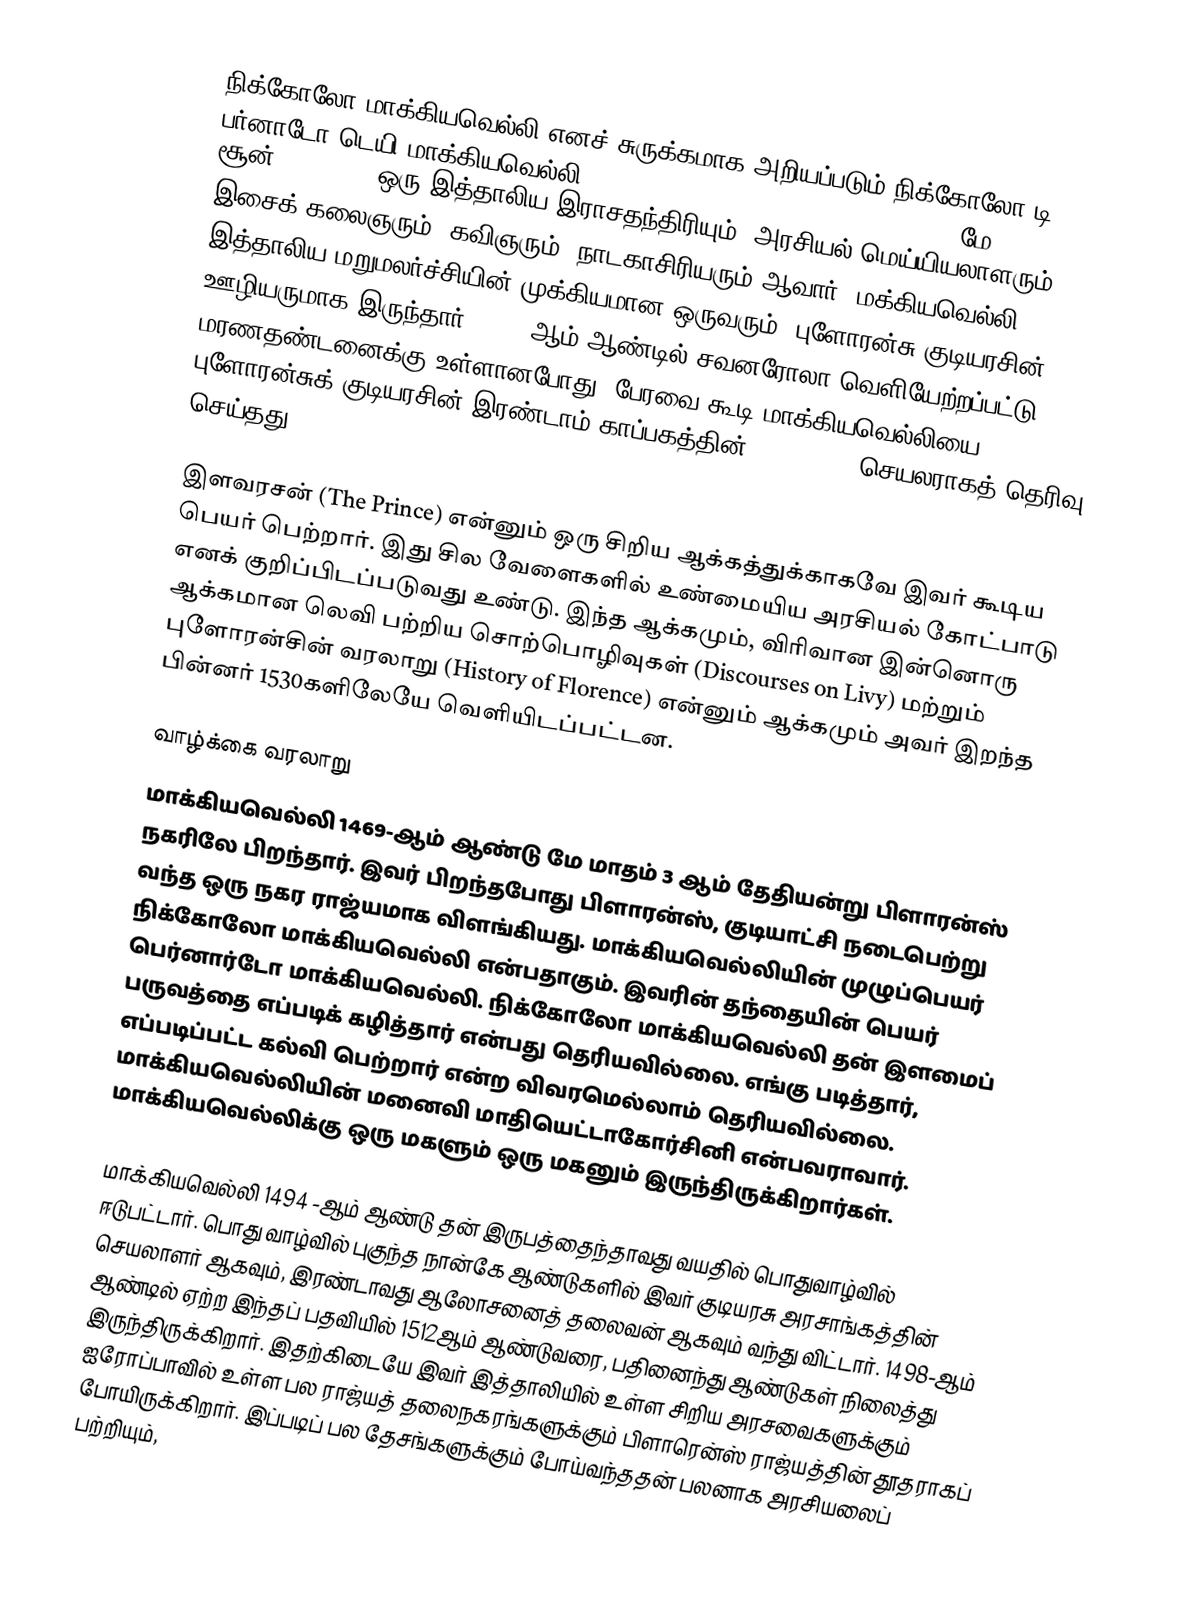
நிக்கோலோ மாக்கியவெல்லி எனச் சுருக்கமாக அறியப்படும் நிக்கோலோ டி பர்னாடோ டெயி மாக்கியவெல்லி (Niccolò di Bernardo dei Machiavelli - மே 3, 1469 – சூன் 21, 1527) ஒரு இத்தாலிய இராசதந்திரியும், அரசியல் மெய்யியலாளரும், இசைக் கலைஞரும், கவிஞரும், நாடகாசிரியரும் ஆவார். மக்கியவெல்லி இத்தாலிய மறுமலர்ச்சியின் முக்கியமான ஒருவரும், புளோரன்சு குடியரசின் ஊழியருமாக இருந்தார். 1498 ஆம் ஆண்டில் சவனரோலா வெளியேற்றப்பட்டு மரணதண்டனைக்கு உள்ளானபோது, பேரவை கூடி மாக்கியவெல்லியை புளோரன்சுக் குடியரசின் இரண்டாம் காப்பகத்தின் (Chancery) செயலராகத் தெரிவு செய்தது.

இளவரசன் (The Prince) என்னும் ஒரு சிறிய ஆக்கத்துக்காகவே இவர் கூடிய பெயர் பெற்றார். இது சில வேளைகளில் உண்மையிய அரசியல் கோட்பாடு எனக் குறிப்பிடப்படுவது உண்டு. இந்த ஆக்கமும், விரிவான இன்னொரு ஆக்கமான லெவி பற்றிய சொற்பொழிவுகள் (Discourses on Livy) மற்றும் புளோரன்சின் வரலாறு (History of Florence) என்னும் ஆக்கமும் அவர் இறந்த பின்னர் 1530களிலேயே வெளியிடப்பட்டன.

வாழ்க்கை வரலாறு
மாக்கியவெல்லி 1469-ஆம் ஆண்டு மே மாதம் 3 ஆம் தேதியன்று பிளாரன்ஸ் நகரிலே பிறந்தார். இவர் பிறந்தபோது பிளாரன்ஸ், குடியாட்சி நடைபெற்று வந்த ஒரு நகர ராஜ்யமாக விளங்கியது. மாக்கியவெல்லியின் முழுப்பெயர் நிக்கோலோ மாக்கியவெல்லி என்பதாகும். இவரின் தந்தையின் பெயர் பெர்னார்டோ மாக்கியவெல்லி. நிக்கோலோ மாக்கியவெல்லி தன் இளமைப் பருவத்தை எப்படிக் கழித்தார் என்பது தெரியவில்லை. எங்கு படித்தார், எப்படிப்பட்ட கல்வி பெற்றார் என்ற விவரமெல்லாம் தெரியவில்லை. மாக்கியவெல்லியின் மனைவி மாதியெட்டாகோர்சினி என்பவராவார். மாக்கியவெல்லிக்கு ஒரு மகளும் ஒரு மகனும் இருந்திருக்கிறார்கள்.

மாக்கியவெல்லி 1494 -ஆம் ஆண்டு தன் இருபத்தைந்தாவது வயதில் பொதுவாழ்வில் ஈடுபட்டார். பொது வாழ்வில் புகுந்த நான்கே ஆண்டுகளில் இவர் குடியரசு அரசாங்கத்தின் செயலாளர் ஆகவும், இரண்டாவது ஆலோசனைத் தலைவன் ஆகவும் வந்து விட்டார். 1498-ஆம் ஆண்டில் ஏற்ற இந்தப் பதவியில் 1512ஆம் ஆண்டுவரை, பதினைந்து ஆண்டுகள் நிலைத்து இருந்திருக்கிறார். இதற்கிடையே இவர் இத்தாலியில் உள்ள சிறிய அரசவைகளுக்கும் ஐரோப்பாவில் உள்ள பல ராஜ்யத் தலைநகரங்களுக்கும் பிளாரென்ஸ் ராஜ்யத்தின் தூதராகப் போயிருக்கிறார்.  இப்படிப் பல தேசங்களுக்கும் போய்வந்ததன் பலனாக அரசியலைப் பற்றியும்,